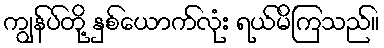
ကျွန်ပ်တို့ နှစ်ယောက်လုံး ရယ်မိကြသည်။